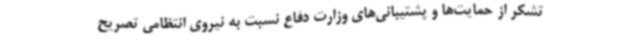
تشکر از حمایت‌ها و پشتیبانی‌های وزارت دفاع نسبت به نیروی انتظامی تصریح